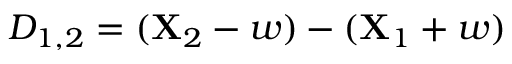
D _ { 1 , 2 } = ( \mathbf { X } _ { 2 } - w ) - ( \mathbf { X } _ { 1 } + w )